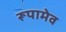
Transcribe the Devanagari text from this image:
रूपामेव